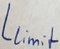
Text: Llimit